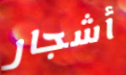
أشجار